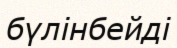
бүлінбейді